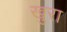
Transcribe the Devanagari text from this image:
खुरा